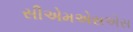
સીએમએસએસ